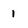
Character: 1